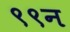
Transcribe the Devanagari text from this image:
९९न